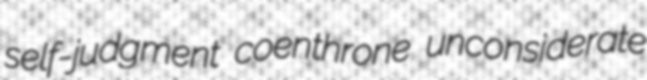
self-judgment coenthrone unconsiderate